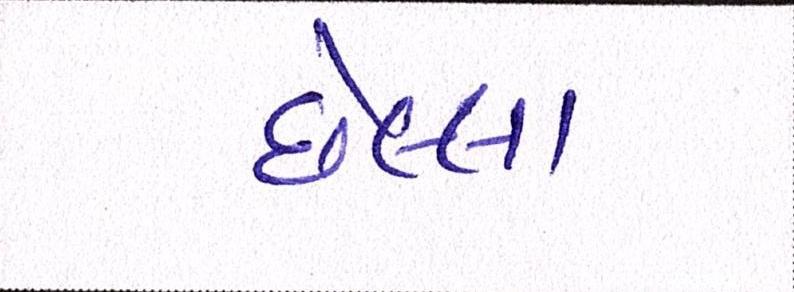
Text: છેલ્લા